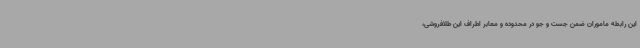
این رابطه ماموران ضمن جست و جو در محدوده و معابر اطراف این طلافروشی،